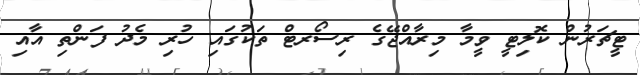
ޓީޗަރުން ކޮލިޓީ ވީމާ މިރާއްޖޭގެ ރިސޯރޓް ތަކުގައި ހުރި މެދު ފަންތި އާއި